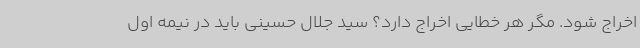
اخراج شود. مگر هر خطایی اخراج دارد؟ سید جلال حسینی باید در نیمه اول